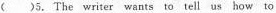
( )5.The writer wants to tell us how to